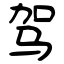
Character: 驾